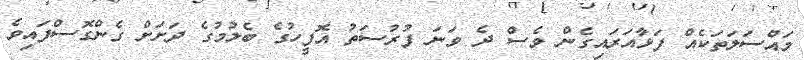
މައްސަލަތަކެއް ފަޅާއަރައިގެން ވެސް ދެ ވަނަ ފުރުސަތު އޮފީހުގެ ބެލުމުގެ ދަށަށް ގެންގޮސްފައިވެ